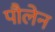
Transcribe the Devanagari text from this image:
पौलेन